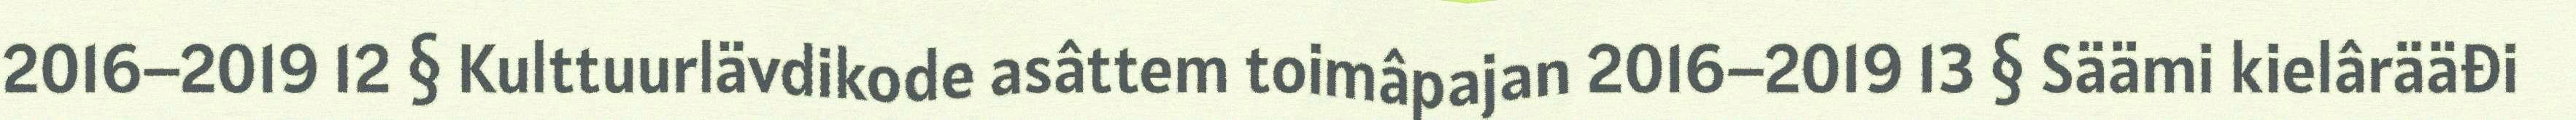
2016–2019 12 § Kulttuurlävdikode asâttem toimâpajan 2016–2019 13 § Säämi kielârääđi